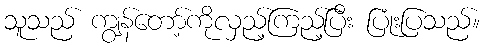
သူသည် ကျွန်တော့်ကိုလှည့်ကြည့်ပြီး ပြုံးပြသည်။